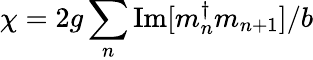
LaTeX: \chi=2g\sum_{n}\mathrm{Im[}m_{n}^{\dagger}m_{n+1}]/b